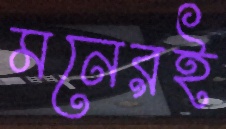
মনেরই